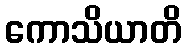
ကောသိယာတိ